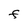
Character: F